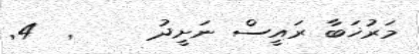
މަރުޚަބާ ރައީސް ނަށީދު